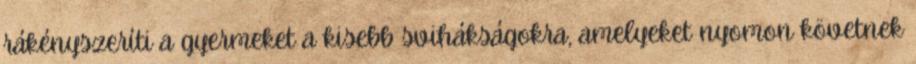
rákényszeríti a gyermeket a kisebb svihákságokra, amelyeket nyomon követnek